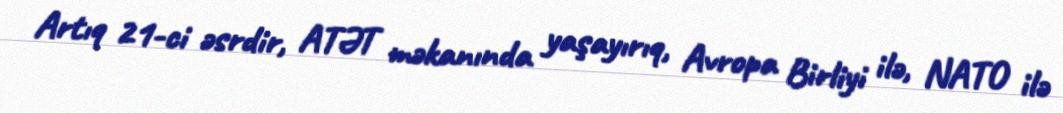
Artıq 21-ci əsrdir, ATƏT məkanında yaşayırıq, Avropa Birliyi ilə, NATO ilə